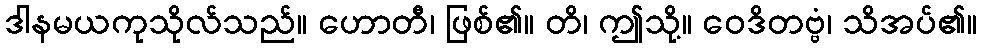
ဒါနမယကုသိုလ်သည်။ ဟောတီ၊ ဖြစ်၏။ တိ၊ ဤသို့။ ဝေဒိတဗ္ဗံ၊ သိအပ်၏။